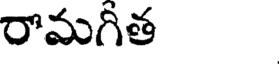
రామగీత